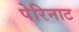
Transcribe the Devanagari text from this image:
पेरिनाट